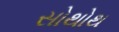
સોથોથ